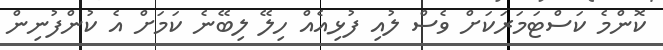
ކޮންމެ ކަސްޓަމަރަކަށް ވެސް ލުއި ފުޅިއެއް ހިލޭ ލިބޭނެ ކަމަށް އެ ކުންފުނިން